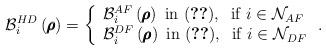
LaTeX: \begin{align*}{{\mathcal B}_i^{HD}}\left(\pmb \rho \right) = \left\{ \begin{array}{l}{{\mathcal B}_i^{AF}}\left(\pmb \rho \right)~{\rm{in}}~(\ref{eq:BR_function_AF}),\;\;{\rm{if}}\;i \in {{\mathcal N}_{AF}} \\{{\mathcal B}_i^{DF}}\left(\pmb \rho \right)~{\rm{in}}~(\ref{eq:BR_function_DF}),\;\;{\rm{if}}\;i \in {{\mathcal N}_{DF}} \\\end{array} \right..\end{align*}